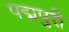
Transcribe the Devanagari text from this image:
पद्मपुरी